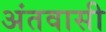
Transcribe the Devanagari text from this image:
अंतवासी